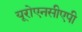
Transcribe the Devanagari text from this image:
यूरोएनसीएपी